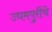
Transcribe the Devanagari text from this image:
उधमपुरींचे